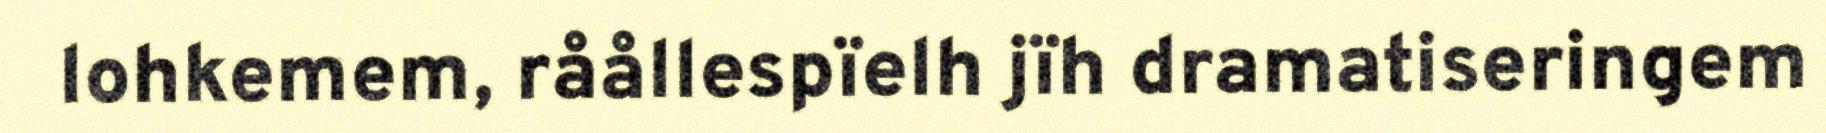
lohkemem, råållespïelh jïh dramatiseringem